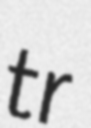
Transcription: tr